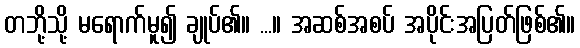
တဘို့သို့ မရောက်မူ၍ ချုပ်၏။ ...။ အဆစ်အစပ် အပိုင်းအပြတ်ဖြစ်၏။